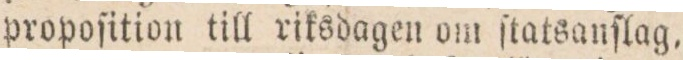
propoſition till riksdagen om ſtatsanſlag,